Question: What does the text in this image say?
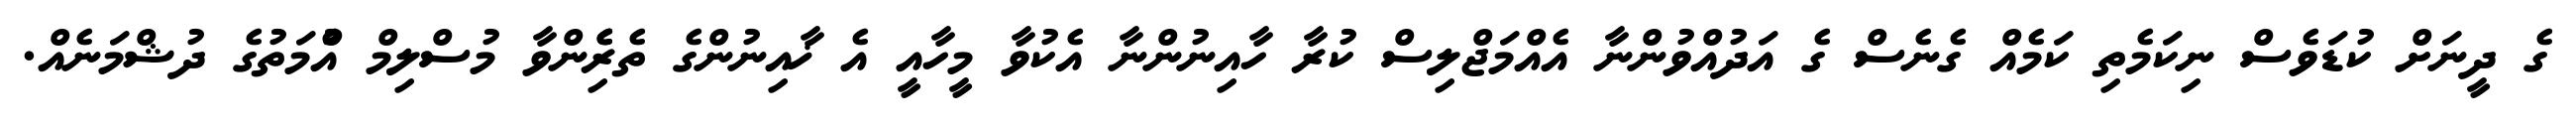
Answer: ގެ ދީނަށް ކުޑަވެސް ނިކަމެތި ކަމެއް ގެނެސް ގެ އަދުއްވުންނާ އެއްމަޖްލިސް ކުރާ ހާއިނުންނާ އެކުވާ މީހާއީ އެ ޚާއިނުންގެ ތެރެެިންވާ މުސްލިމް އުެްމަތުގެ ދުޝްމަނެއް.